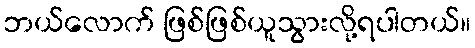
ဘယ်လောက် ဖြစ်ဖြစ်ယူသွားလို့ရပါတယ်။